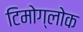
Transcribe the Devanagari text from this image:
टिमोग्लोक